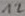
Text: 12